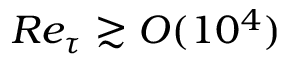
R e _ { \tau } \gtrsim O ( 1 0 ^ { 4 } )